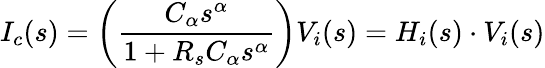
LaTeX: I_{c}(s)=\left(\frac{C_{\alpha}s^{\alpha}}{1+R_{s}C_{\alpha}s^{\alpha}}\right)V_{i}(s)=H_{i}(s)\cdot V_{i}(s)